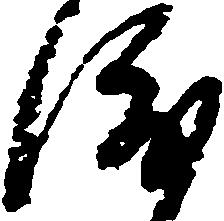
渡